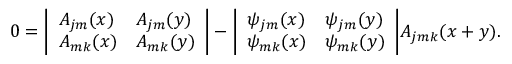
0 = \biggl | \begin{array} { l l } { { A _ { j m } ( x ) } } & { { A _ { j m } ( y ) } } \\ { { A _ { m k } ( x ) } } & { { A _ { m k } ( y ) } } \end{array} \biggr | - \biggl | \begin{array} { l l } { { \psi _ { j m } ( x ) } } & { { \psi _ { j m } ( y ) } } \\ { { \psi _ { m k } ( x ) } } & { { \psi _ { m k } ( y ) } } \end{array} \biggr | A _ { j m k } ( x + y ) .